Scientific memoirs by medical officers of the Army of India - Part XII,
Year: 1901
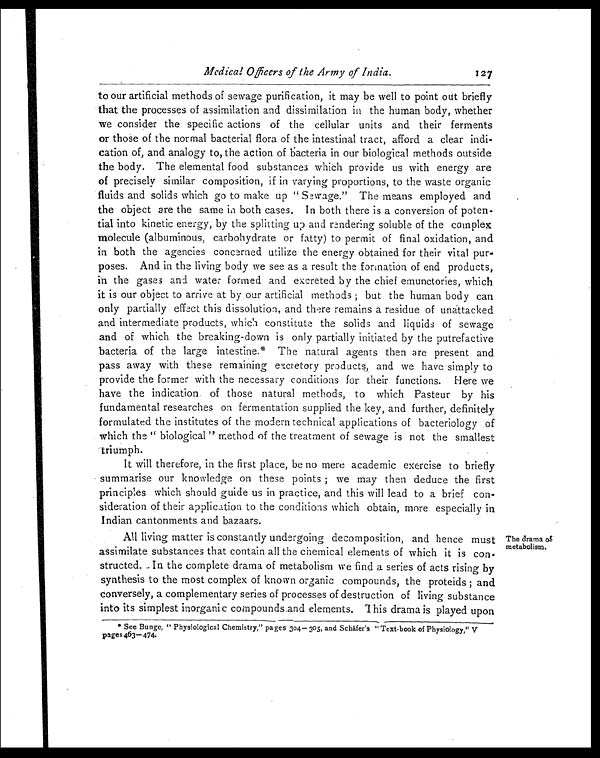
Medical Officers of the Army of India.
127
to our artificial methods of sewage purification, it may be well to point out briefly
that the processes of assimilation and dissimilation in the human body, whether
we consider the specific actions of the cellular units and their ferments
or those of the normal bacterial flora of the intestinal tract, afford a clear indi--
cation of, and analogy to, the action of bacteria in our biological methods outside
the body. The elemental food substances which provide us with energy are
of precisely similar composition, if in varying proportions, to the waste organic
fluids and solids which go to make up "Sewage." The means employed and
the object are the same in both cases. In both there is a conversion of poten--
tial into kinetic energy, by the splitting up and rendering soluble of the complex
molecule (albuminous, carbohydrate or fatty) to permit of final oxidation, and
in both the agencies concerned utilize the energy obtained for their vital pur--
poses. And in the living body we see as a result the formation of end products,
in the gases and water formed and excreted by the chief emunctories, which
it is our object to arrive at by our artificial methods; but the human body can
only partially effect this dissolution, and there remains a residue of unattacked
and intermediate products, which constitute the solids and liquids of sewage
and of which the breaking-down is only partially initiated by the putrefactive
bacteria of the large intestine.* The natural agents then are present and
pass away with these remaining excretory products, and we have simply to
provide the former with the necessary conditions for their functions. Here we
have the indication of those natural methods, to which Pasteur by his
fundamental researches on fermentation supplied the key, and further, definitely
formulated the institutes of the modern technical applications of bacteriology of
which the "biological" method of the treatment of sewage is not the smallest
triumph.
It will therefore, in the first place, be no mere academic exercise to briefly
summarise our knowledge on these points; we may then deduce the first
principles which should guide us in practice, and this will lead to a brief con--
sideration of their application to the conditions which obtain, more especially in
Indian cantonments and bazaars.
All living matter is constantly undergoing decomposition, and hence must
assimilate substances that contain all the chemical elements of which it is con
-structed. In the complete drama of metabolism we find a series of acts rising by
synthesis to the most complex of known organic compounds, the proteids; and
conversely, a complementary series of processes of destruction of living substance
into its simplest inorganic compounds and elements. This drama is played upon
* See Bunge, "Physiological Chemistry," pages 304— 305, and Schäfer's "Text-book of Physiology," V
Pages 463-474.
The drama of
metabolism.